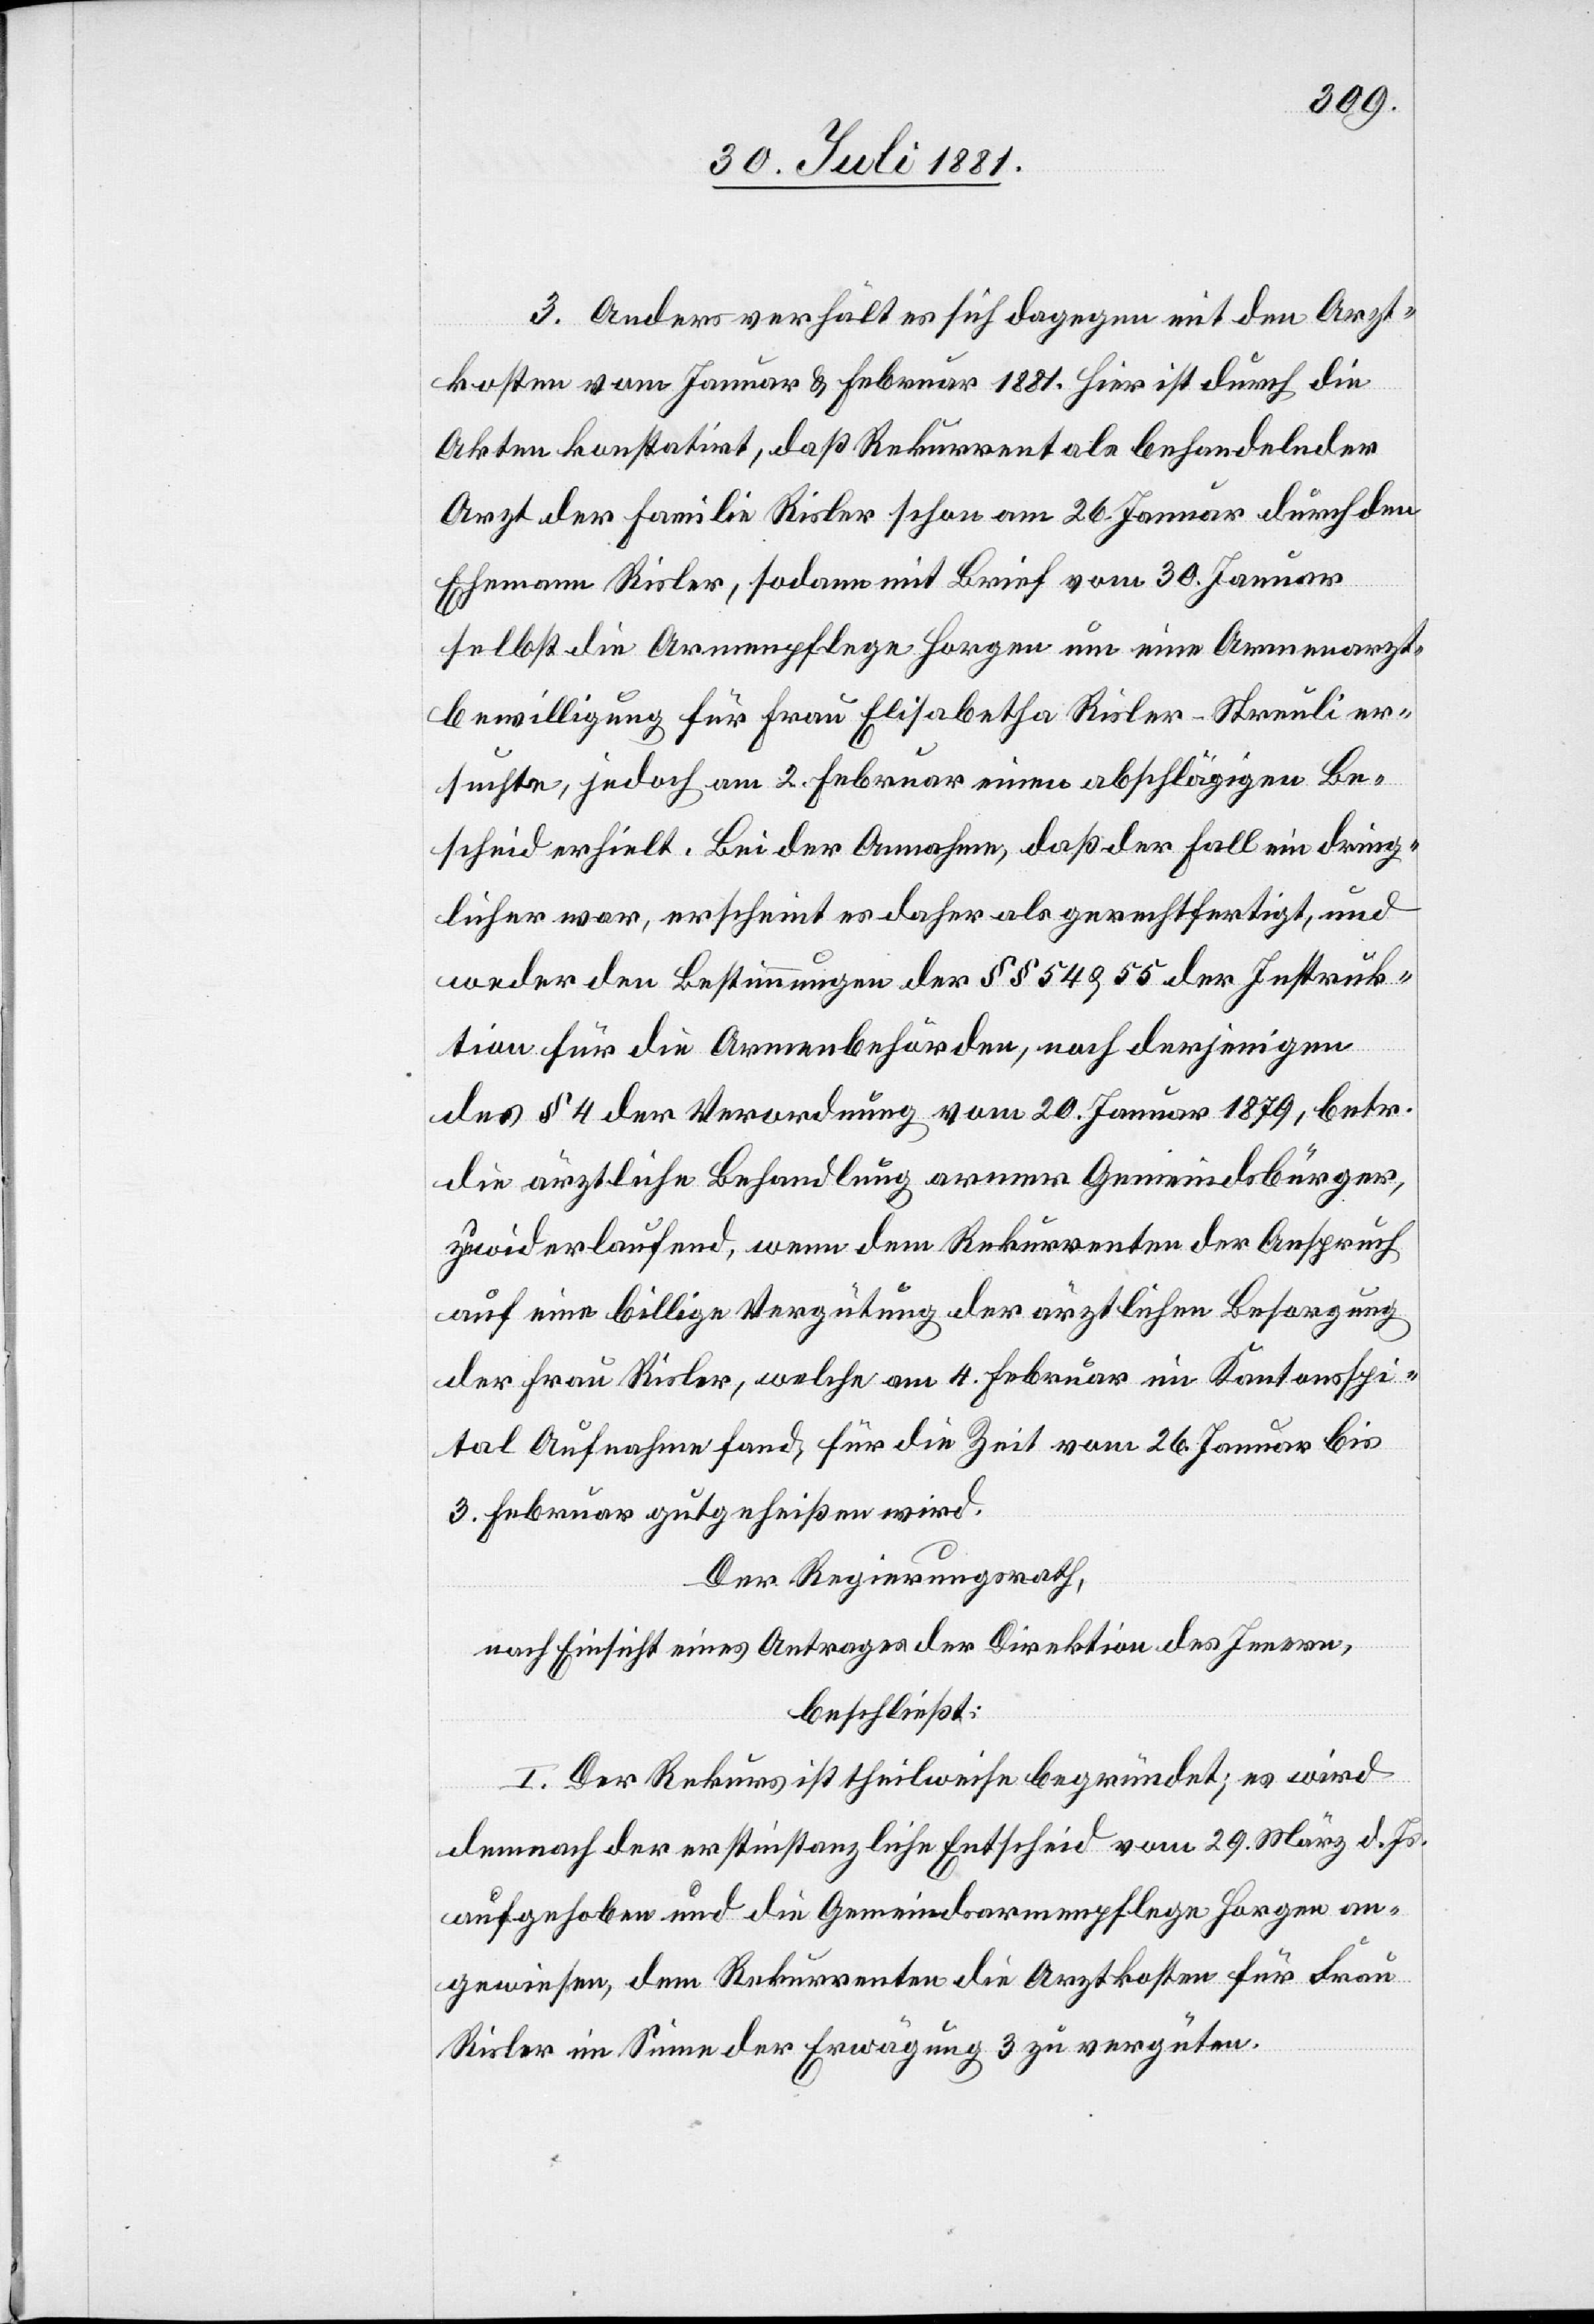
3. Anders verhält es sich dagegen mit den Arzt¬
kosten vom Januar & Februar 1881. Hier ist durch die
Akten konstatirt, daß Rekurrent als behandelnder
Arzt der Familie Risler schon am 26. Januar durch den
Ehemann Risler, sodann mit Brief vom 30. Januar
selbst die Armenpflege Horgen um eine Armenarzt¬
bewilligung für Frau Elisabeth Risler-Streuli er¬
suchte, jedoch am 2. Februar einen abschlägigen Be¬
scheid erhielt. Bei der Annahme, daß der Fall ein dring¬
licher war, erscheint es daher als gerechtfertigt, und
weder den Bestimmungen der §§ 54 & 55 der Instruk¬
tion für die Armenbehörden, noch derjenigen
des § 4 der Verordnung vom 20. Januar 1879, betr.
die ärztliche Behandlung armer Gemeindsbürger,
zuwiderlaufend, wenn dem Rekurrenten der Anspruch
auf eine billige Vergütung der ärztlichen Besorgung
der Frau Risler, welche am 4. Februar im Kantonsspi¬
tal Aufnahme fand, für die Zeit vom 26. Januar bis
3. Februar gutgeheißen wird.
Der Regierungsrath,
nach Einsicht eines Antrages der Direktion des Innern,
beschließt:
I. Der Rekurs ist theilweise begründet; es wird
demnach der erstinstanzliche Entscheid vom 29. März d. Js.
aufgehoben und die Gemeindsarmenpflege Horgen an¬
gewiesen, dem Rekurrenten die Arztkosten für Frau
Risler im Sinne der Erwägung 3 zu vergüten.